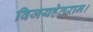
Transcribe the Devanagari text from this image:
विजयहेतराम।